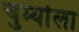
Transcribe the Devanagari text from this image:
चुर्म्याला